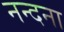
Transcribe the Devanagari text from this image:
नन्दना